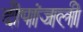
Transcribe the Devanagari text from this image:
दीपांजली